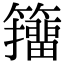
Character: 籒